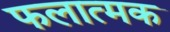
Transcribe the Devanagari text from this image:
फलात्मक